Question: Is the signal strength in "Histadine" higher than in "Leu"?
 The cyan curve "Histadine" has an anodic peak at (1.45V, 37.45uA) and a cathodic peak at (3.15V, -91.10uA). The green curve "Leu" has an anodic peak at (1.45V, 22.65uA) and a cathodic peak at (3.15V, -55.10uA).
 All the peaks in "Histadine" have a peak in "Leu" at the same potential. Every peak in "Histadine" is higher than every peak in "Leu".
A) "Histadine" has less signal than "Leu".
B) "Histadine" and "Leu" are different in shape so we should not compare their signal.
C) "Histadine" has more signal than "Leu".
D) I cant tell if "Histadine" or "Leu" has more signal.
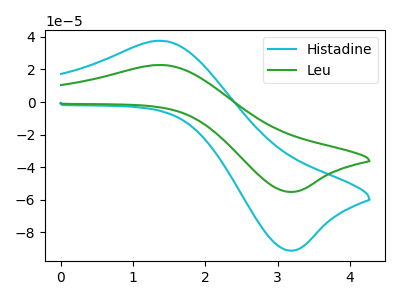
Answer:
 <answer>C) "Histadine" has more signal than "Leu".</answer>
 <eval>C</eval>